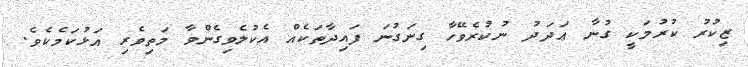
ޒިކުރު ކުރުމަކީ ގުނާ ޢަދަދު ނުކުރެވޭހާ ގިނަގުނަ ފައިދާތަކެއް އެކުލެވިގެންވާ މަތިވެރި އަޅުކަމެކެވެ.